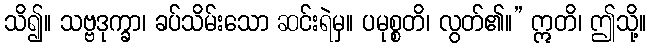
သိ၍။ သဗ္ဗဒုက္ခာ၊ ခပ်သိမ်းသော ဆင်းရဲမှ။ ပမုစ္စတိ၊ လွတ်၏။” ဣတိ၊ ဤသို့။